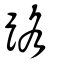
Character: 路